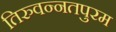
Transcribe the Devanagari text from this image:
तिरुवन्नतपुरम